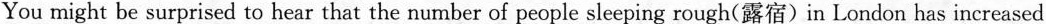
You might be surprised to hear that the number of people sleeping rough(露宿)in London has increased